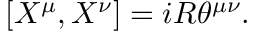
[ X ^ { \mu } , X ^ { \nu } ] = i R { \theta } ^ { { \mu } { \nu } } .